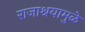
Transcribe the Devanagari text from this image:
राजाश्रयामुळे